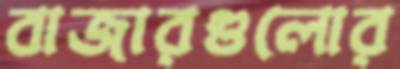
বাজারগুলোর